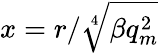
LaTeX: x=r/\sqrt[4]{\beta q_{m}^{2}}